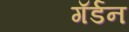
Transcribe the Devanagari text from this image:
गॅर्डन